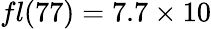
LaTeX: fl(77)=7.7\times 10